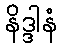
နိဒ္ဒါနံ